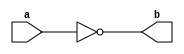
module NotGate(a,b) ;

output b ;
input a ;

nand(b,a,a) ;

endmodule 

module AndGate(a,b,c) ;

output c ;
input a,b ;
wire x ;

nand(x,a,b) ;
nand(c,x,x) ; 

endmodule 

module OrGate(a,b,c) ;

output c ;
input a,b ;
wire x,y ;

nand(x,a,a) ;
nand(y,b,b) ;
nand(c,x,y) ;

endmodule 

module XorGate(a,b,c) ;

output c ; 
input a,b ;
wire a_,b_,x,y ;

NotGate Na(a,a_) ;
NotGate Nb(b,b_) ;
AndGate A1(a,b_,x) ;
AndGate A2(a_,b,y) ;
OrGate O(x,y,c) ;

endmodule 

module HalfAdder(a,b,s,c) ;

output s,c ;
input a,b ;

AndGate A(a,b,c) ;
XorGate X(a,b,s) ;

endmodule 

module Inc4Bit(a,b) ;

output [3:0] b ;
input [3:0] a ;
wire [3:0] c ;

HalfAdder H1(a[0],1'b1,b[0],c[0]) ;
HalfAdder H2(a[1],c[0],b[1],c[1]) ; 
HalfAdder H3(a[2],c[1],b[2],c[2]) ; 
HalfAdder H4(a[3],c[2],b[3],c[3]) ; 

endmodule